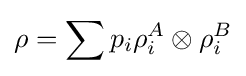
\rho =\sum p_{i}\rho _{i}^{A}\otimes \rho _{i}^{B}